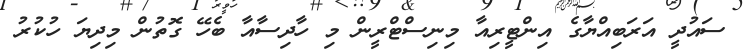
ސައުދީ އަރަބިއްޔާގެ އިންޓީރިއާ މިނިސްޓްރީން މި ހާދިސާއާ ބެހޭ ގޮތުން މިދިޔަ ހުކުރު